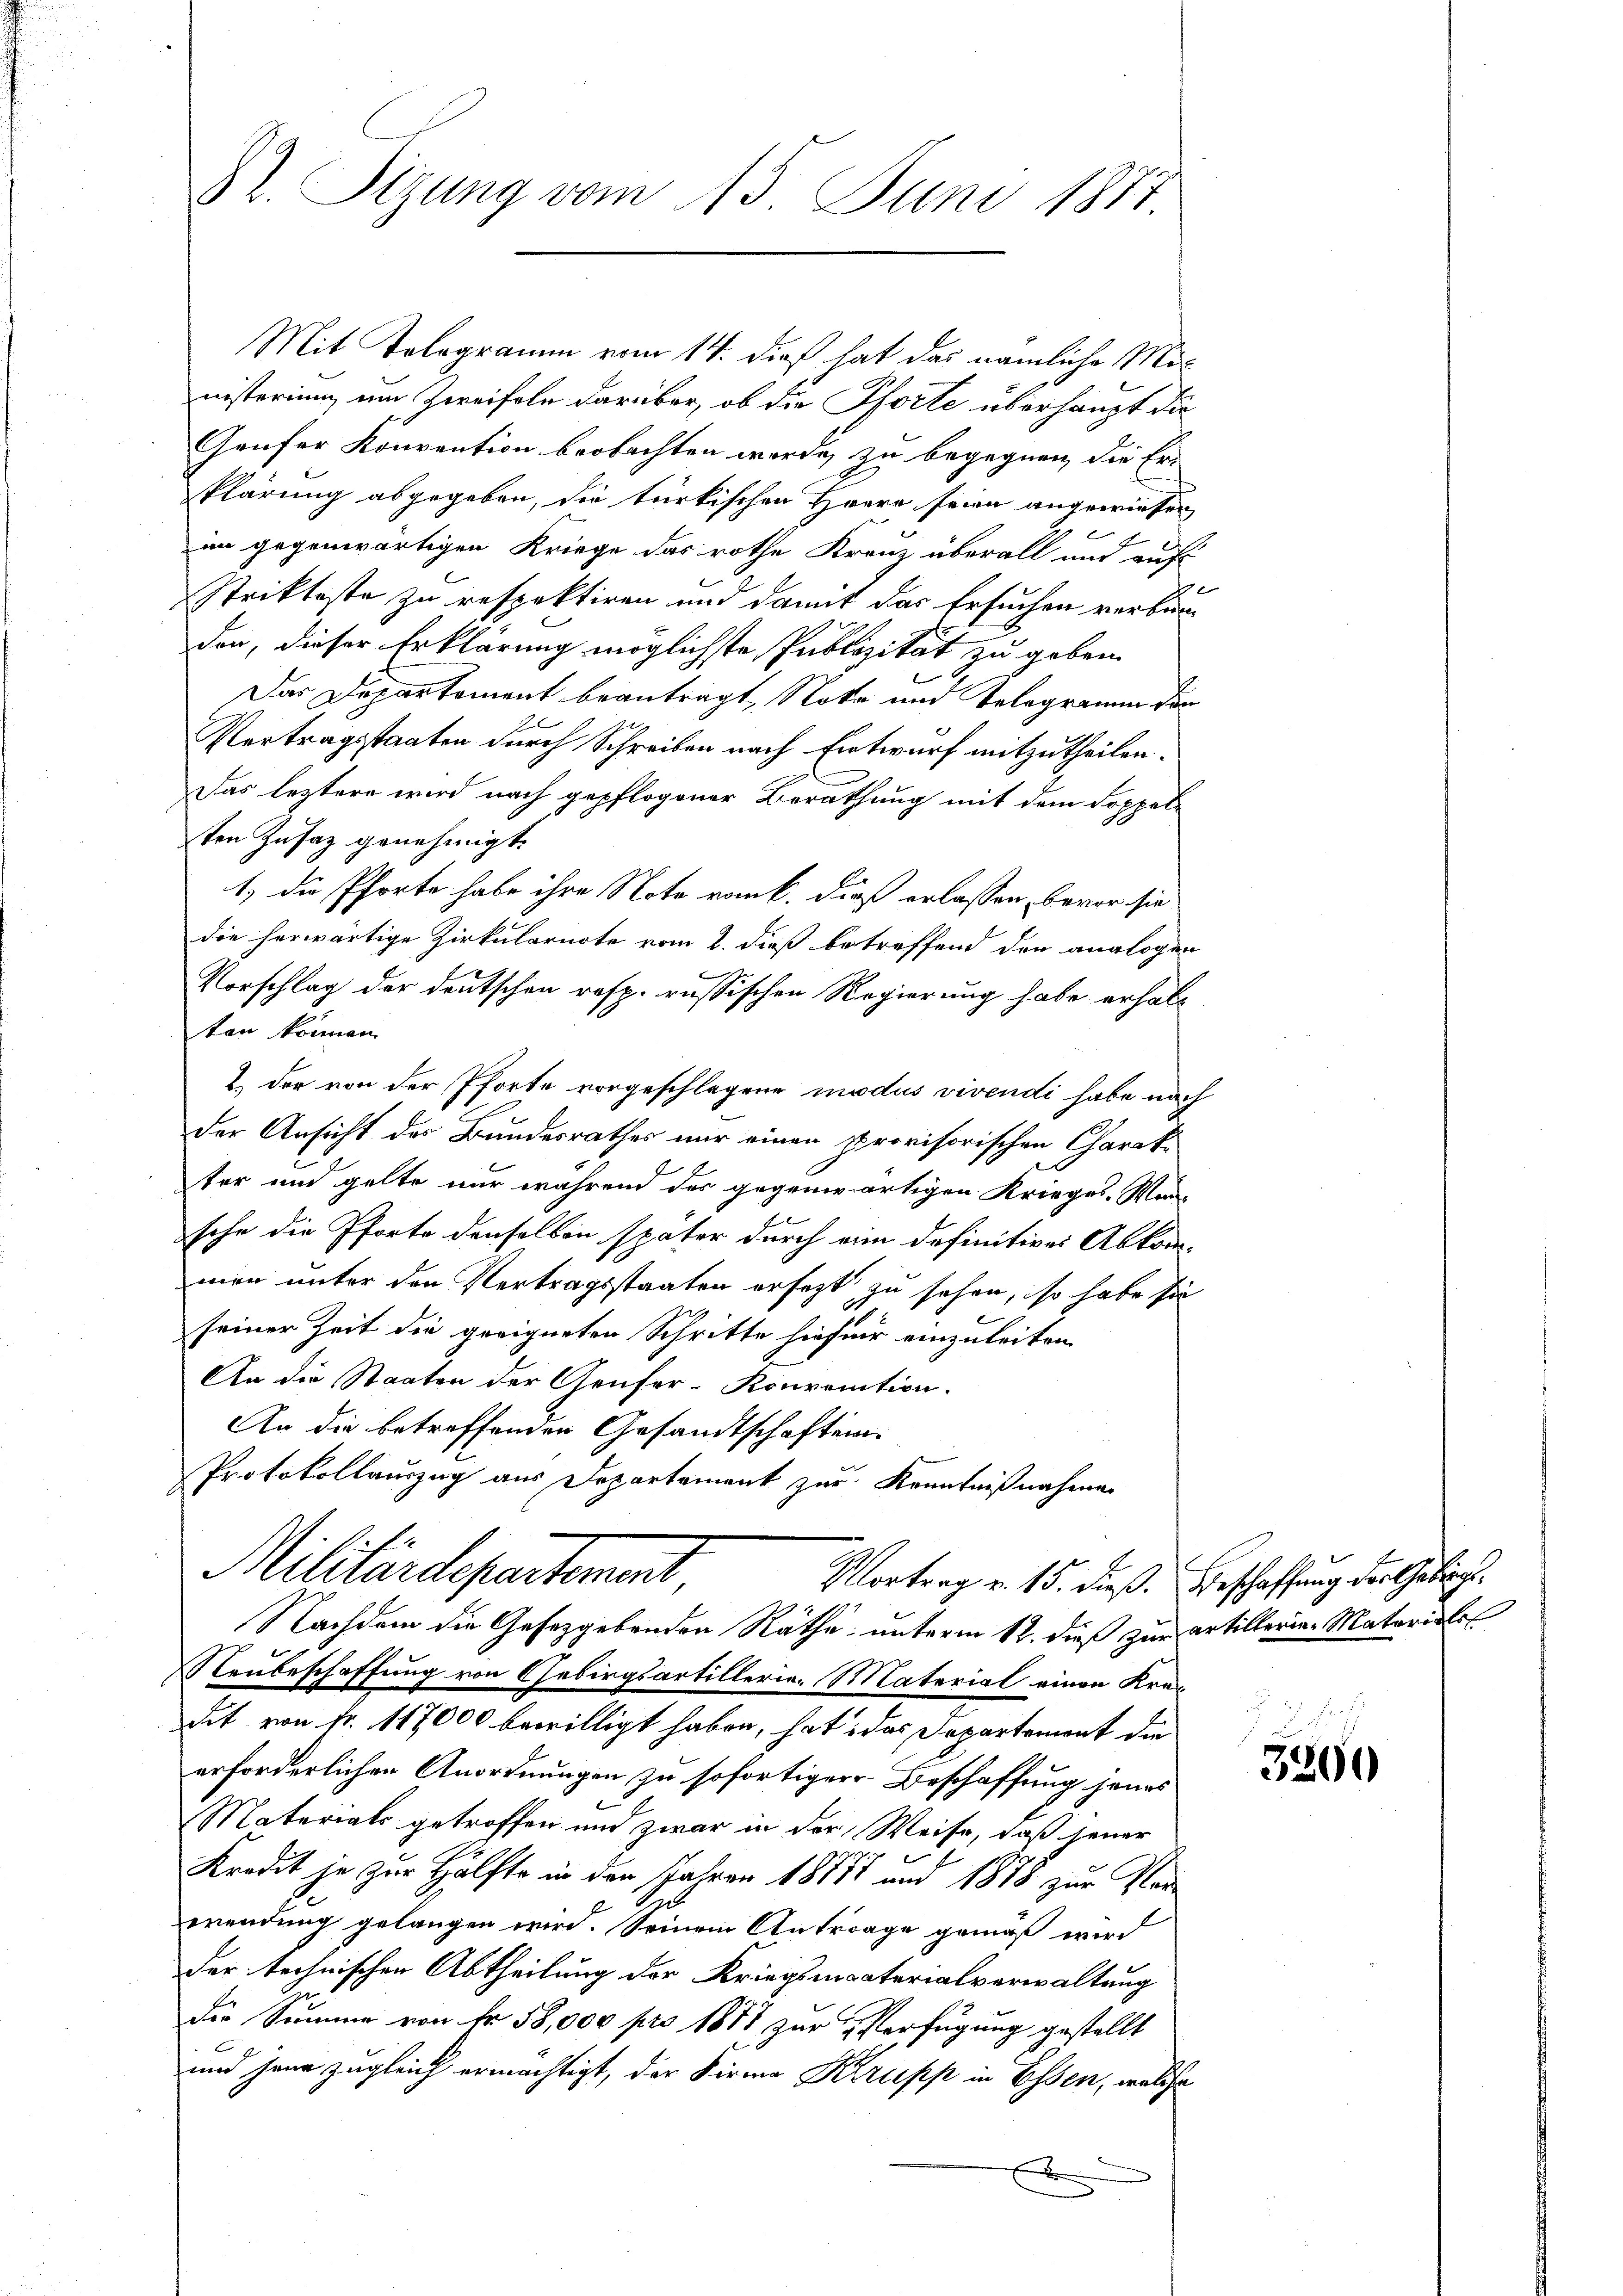
Dr. Sitzung vom 15. Juni 1877

Mit Telegramm vom 14. dieß hat das nämliche Ministerium um Zweifeln darüber, ob die Pforte überhaupt die
Gaufer Konvention beobachten werde, zu begegnen, die Er-
klärung abgegeben, die türkischen Herre seien angewiesen,
im gegenwärtigen Kriege das rothe Kreuz überall und auf
Strikteste zu respektiren und damit das Ersuchen verbrin
don, dieser Erklärung möglichste Publizität zu geben.
Das Departement beantragt, Note und Telegramm der
Vertragsstaaten durch Schreiben nach Entwurf mitzutheilen.
Das leztere wird nach gepflogener Berathung mit dem Doppelsten Zusatz genehmigt.
1) die Pforte habe ihre Note rank. Dieß erlassen, bevor sie
die herwärtige Zirkularnote vom 2. dieß betreffend den analogen
Vorschlag der deutschen resp. russischen Regierung habe erhalten können.
2. der von der Pforte vorgeschlagene modus vivendi habe nach
der Ansicht des Bundesrathes nur einen provisorischen Charakter und gelte nur während des gegenwärtigen Krieges-Mar-
sche die Pforte denselben später durch eine definitives Abkommen unter den Vertragsstaaten ersezt zu sehen, so habe sie
seiner Zeit die geeigneten Schritte hiefiir einzuleiten
An die Staaten der Genfer-Konvention.
An die betreffenden Gesandtschaften
Protokollauszug aus Departament zur Kenntnißnahmen
Militärdepartement,
Vortrag v. 15. dieß. Beschaffung der Gebracht
Nachdem die Gesetzgebenden Rathe unterm 12. dieß zur Artillerie-Materiale
Neubeschaffung von Gebirgsartillerie, Material einen Kredit von fr. 117000 bewilligt haben, hat, das Departemont die
erforderlichen Anordnungen zu sofortiger Beschaffung jenes
Materials getroffen und zwar in der Weise, daß jener
Kredit je zur Hälfte in den Jahren 18177 und 1878 zur Verwendung gelangen wird. Seinem Antrage gemäß wird
der technischen Abtheilung der Kriegsmaterialverwaltung
die Summe von Fr. 58,000 pro 1873 zur Verfügung gestellt
und jene zugleich ermächtigt, der Firma Krrupp in Essen, welche
x

e
3200